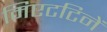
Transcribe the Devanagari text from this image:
मिएटटिनें